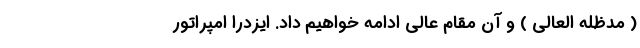
( مدظله العالی ) و آن مقام عالی ادامه خواهیم داد. ایزدرا امپراتور